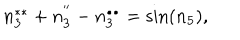
n _ { 3 } ^ { \ast \ast } + n _ { 3 } ^ { ^ { \prime \prime } } - n _ { 3 } ^ { \bullet \bullet } = \sin ( n _ { 5 } ) ,